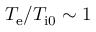
T _ { \mathrm { e } } / T _ { \mathrm { i 0 } } \sim 1